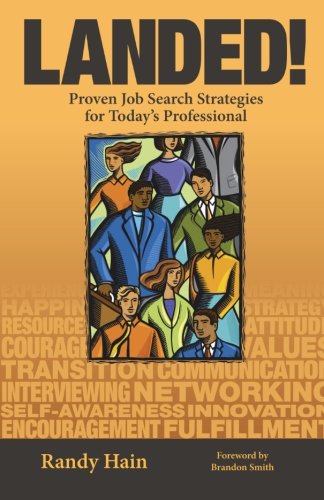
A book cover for LANDED! Proven Job Search Strategies for Today's Professional; Randy Hain; Business & Money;